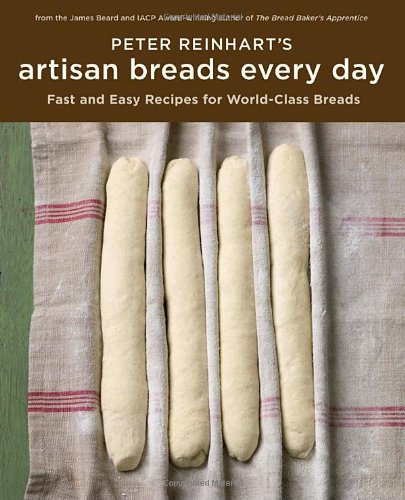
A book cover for Peter Reinhart's Artisan Breads Every Day; Peter Reinhart; Cookbooks, Food & Wine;